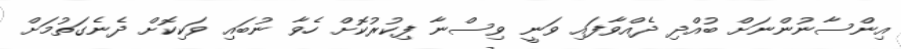
އިންސާނުންނަށް ބުއްދި ދެއްވާފައި ވަނީ ވިސްނާ ފިކުރުކޮށް ހެވާ ނުބައި ވަކިކޮށް ދެނެގަތުމަށް